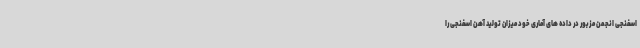
اسفنجی انجمن مزبور در داده های آماری خود میزان تولید آهن اسفنجی را